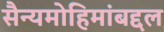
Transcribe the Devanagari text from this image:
सैन्यमोहिमांबद्दल